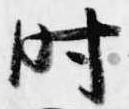
時